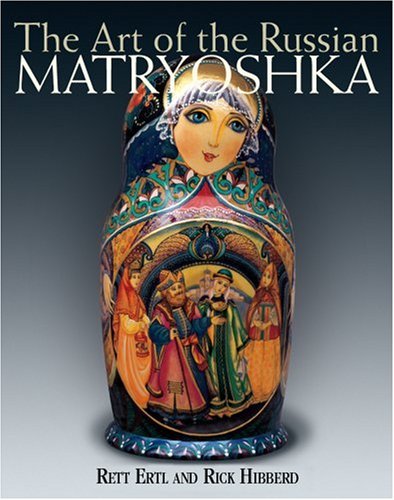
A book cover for The Art of the Russian Matryoshka; Rett Ertl; Crafts, Hobbies & Home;